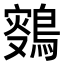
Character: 𪂸